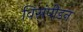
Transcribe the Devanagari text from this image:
विसंपीडन